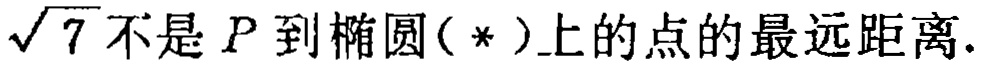
$\sqrt{7}不是P到椭圆(*)上的点的最远距离.$